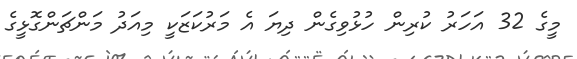
މީގެ 32 އަހަރު ކުރިން ހުޅުވިގެން ދިޔަ އެ މަރުކަޒަކީ މިއަދު މަންޗަންގޮޅީގެ